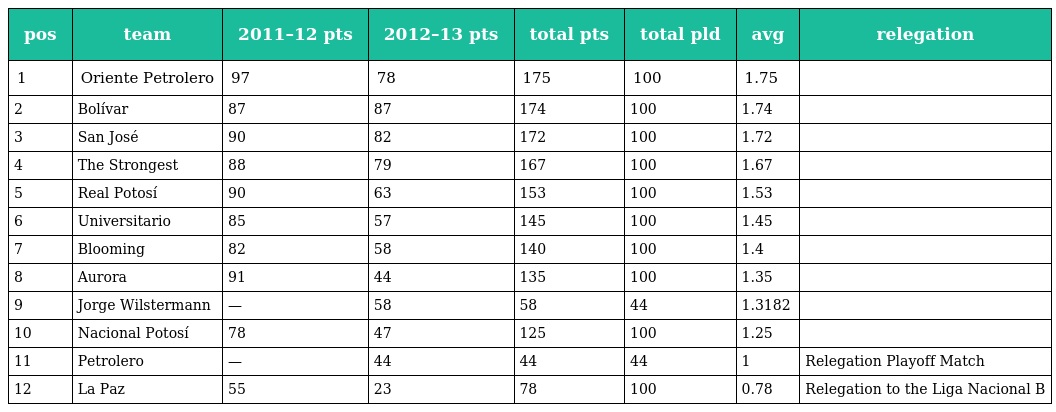
| pos | team | 2011–12 pts | 2012–13 pts | total pts | total pld | avg | relegation |
 | --- | --- | --- | --- | --- | --- | --- | --- |
 | 1 | Oriente Petrolero | 97 | 78 | 175 | 100 | 1.75 |  |
 | 2 | Bolívar | 87 | 87 | 174 | 100 | 1.74 |  |
 | 3 | San José | 90 | 82 | 172 | 100 | 1.72 |  |
 | 4 | The Strongest | 88 | 79 | 167 | 100 | 1.67 |  |
 | 5 | Real Potosí | 90 | 63 | 153 | 100 | 1.53 |  |
 | 6 | Universitario | 85 | 57 | 145 | 100 | 1.45 |  |
 | 7 | Blooming | 82 | 58 | 140 | 100 | 1.4 |  |
 | 8 | Aurora | 91 | 44 | 135 | 100 | 1.35 |  |
 | 9 | Jorge Wilstermann | — | 58 | 58 | 44 | 1.3182 |  |
 | 10 | Nacional Potosí | 78 | 47 | 125 | 100 | 1.25 |  |
 | 11 | Petrolero | — | 44 | 44 | 44 | 1 | Relegation Playoff Match |
 | 12 | La Paz | 55 | 23 | 78 | 100 | 0.78 | Relegation to the Liga Nacional B |